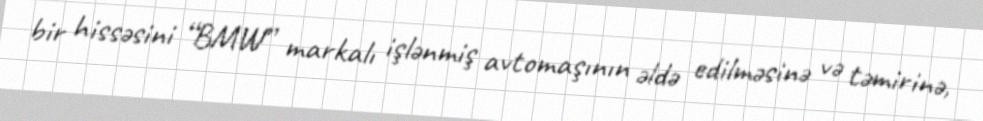
bir hissəsini “BMW” markalı işlənmiş avtomaşının əldə edilməsinə və təmirinə,